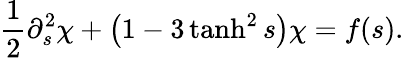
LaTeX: \frac{1}{2}\partial_{s}^{2}\chi+\left(1-3\operatorname{tanh}^{2}s\right)\chi=f(s).